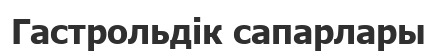
Гастрольдік сапарлары